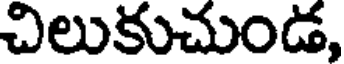
చిలుకుచుండ,